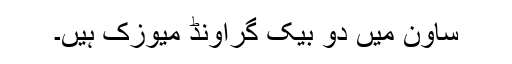
ساون میں دو بیک گراؤنڈ میوزک ہیں۔